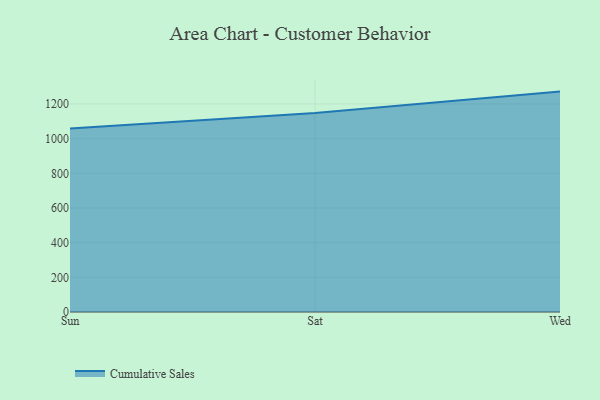
{"axis": {"x": "Day", "y": "Backlog"}, "legend": ["Cumulative Sales"], "data": [{"x": "Sun", "y": 1059.0, "type": "Cumulative Sales"}, {"x": "Sat", "y": 1148.4, "type": "Cumulative Sales"}, {"x": "Wed", "y": 1271.2, "type": "Cumulative Sales"}]}